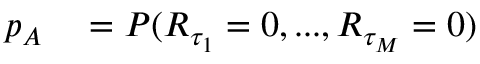
\begin{array} { r l } { p _ { A } } & { { } = P ( R _ { \tau _ { 1 } } = 0 , . . . , R _ { \tau _ { M } } = 0 ) } \end{array}